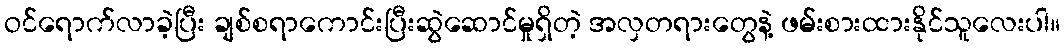
ဝင်ရောက်လာခဲ့ပြီး ချစ်စရာကောင်းပြီးဆွဲဆောင်မှုရှိတဲ့ အလှတရားတွေနဲ့ ဖမ်းစားထားနိုင်သူလေးပါ။